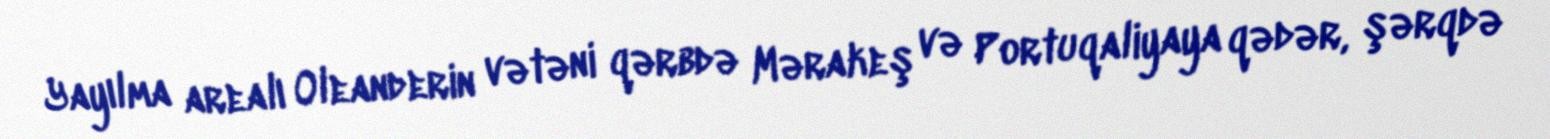
Yayılma arealı Oleanderin vətəni qərbdə Mərakeş və Portuqaliyaya qədər, şərqdə